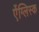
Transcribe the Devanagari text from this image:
ऐंग्लिस्क